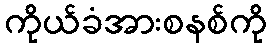
ကိုယ်ခံအားစနစ်ကို